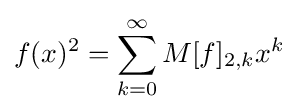
f(x)^{2}=\sum _{k=0}^{\infty }M[f]_{2,k}x^{k}~